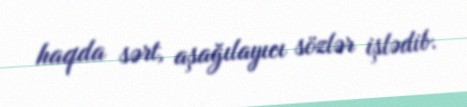
haqda sərt, aşağılayıcı sözlər işlədib.